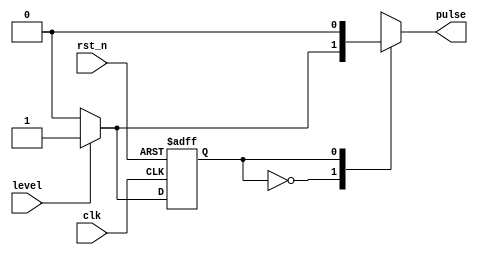
// Level-to-Pulse Converter
module level2pulse(
   clk,
   rst_n,
   level,
   pulse
);

// I/O ports
input          clk, rst_n;
input          level;
output         pulse;

// regs and wires
reg            pulse;
//reg            pulse, next_pulse;  // output reg
reg            state, next_state;

// combinational circuits
always @(*) begin
   case(state)
   1'b0: begin
      if(level) begin
         next_state = 1'b1;
         //next_pulse = 1'b1;
         pulse = 1'b1;
      end
      else begin
         next_state = 1'b0;
         //next_pulse = 1'b0;
         pulse = 1'b0;
      end
   end
   1'b1:begin
      if(level) begin
         next_state = 1'b1;
         //next_pulse = 1'b0;
         pulse = 1'b0;
      end
      else begin
         next_state = 1'b0;
         //next_pulse = 1'b0;
         pulse = 1'b0;
      end
   end
   endcase
end

// sequential circuits
always @(posedge clk or negedge rst_n) begin
   if(~rst_n) begin
      state <= 1'b0;
      //pulse <= 1'b0;
   end
   else begin
      state <= next_state;
      //pulse <= next_pulse;
   end
end

endmodule

module key_debouncer(clk,in,debounced_in);
	input in;
	input clk;
	output debounced_in;
	
	reg [2:0] 	temp;
	wire		debounced_in = (|temp)?1'b1:1'b0;

	always@(posedge clk) begin
		temp[2] <= temp[1];
		temp[1] <= temp[0];
		temp[0] <= in;
	end
endmodule

module edgedetector(clk,in,pos_in,neg_in);
	input		clk, in;
	output		pos_in, neg_in;
	reg			pos_in, next_pos_in;
	reg			neg_in, next_neg_in;
	reg		 	temp;

	always@(*)begin
		next_pos_in = (~temp)&in;
		next_neg_in = (~temp)|in;
	end
	always@(posedge clk) begin
		temp <= in;
		pos_in <= next_pos_in;
		neg_in <= next_neg_in;
	end
endmodule

module key_edgedetector(clk,in,pos_in,neg_in);
	input		clk, in;
	output		pos_in, neg_in;
	reg			pos_in, next_pos_in;
	reg			neg_in, next_neg_in;
	reg		 	temp;
    wire debounced_in;
    key_debouncer kd1(clk,in,debounced_in);
	always@(*)begin
		next_pos_in = (~temp)&debounced_in;
		next_neg_in = (~temp)|debounced_in;
	end
	always@(posedge clk) begin
		temp <= debounced_in;
		pos_in <= next_pos_in;
		neg_in <= next_neg_in;
	end
endmodule